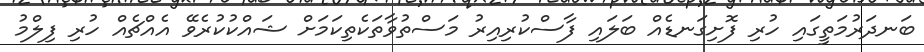
ބަނދަރުމަތީގައި ހުރި ފޮށިގަނޑެއް ބަލައި ފާސްކުރިއިރު މަސްތުވާތަކެތިކަމަށް ޝައްކުކުރެވޭ އެއްޗެއް ހުރި ފިލްމު